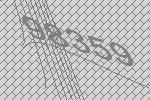
98359